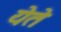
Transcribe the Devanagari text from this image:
येेते